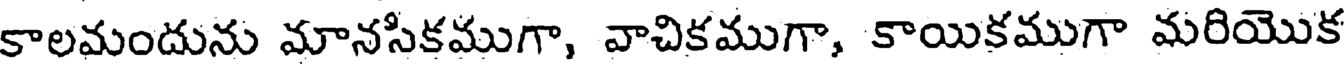
కాలమందును మానసికముగా, వాచికముగా, కాయికముగా మరియొక